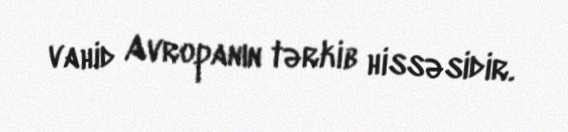
vahid Avropanın tərkib hissəsidir.